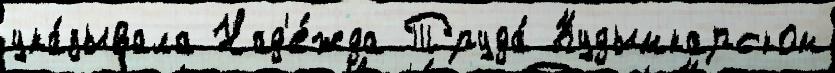
ука́зывала Над'е́жда Труда́ Кудымкарском